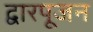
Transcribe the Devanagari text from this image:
द्वारपूजन